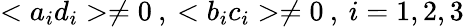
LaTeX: <a_{i}d_{i}>\neq 0\: ,\: <b_{i}c_{i}>\neq 0\: ,\: i=1,2,3